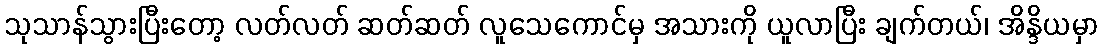
သုသာန်သွားပြီးတော့ လတ်လတ် ဆတ်ဆတ် လူသေကောင်မှ အသားကို ယူလာပြီး ချက်တယ်၊ အိန္ဒိယမှာ